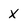
Character: X